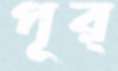
পূর্